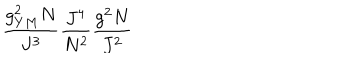
\frac { g _ { Y M } ^ { 2 } N } { J ^ { 3 } } \frac { J ^ { 4 } } { N ^ { 2 } } \frac { g ^ { 2 } N } { J ^ { 2 } }